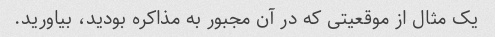
یک مثال از موقعیتی که در آن مجبور به مذاکره بودید، بیاورید.